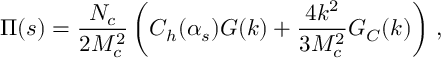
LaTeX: \Pi ( s ) = \frac { N _ { c } } { 2 M _ { c } ^ { 2 } } \left( C _ { h } ( \alpha _ { s } ) G ( k ) + \frac { 4 k ^ { 2 } } { 3 M _ { c } ^ { 2 } } G _ { C } ( k ) \right) \, ,